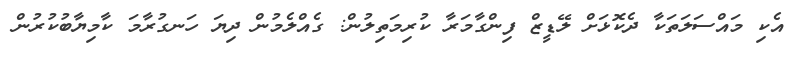
އެކި މައްސަލަތަކާ ދެކޮޅަށް ލޭޑީޒް ފިންގާމަރާ ކުރިމަތިލުން: ގެއްލެމުން ދިޔަ ހަނގުރާމަ ކާމިޔާބުކުރުން